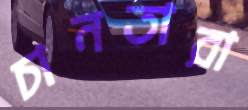
চানতারা